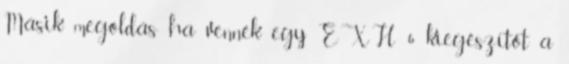
Másik megoldás ha vennék egy EXH 6 kiegészítőt a